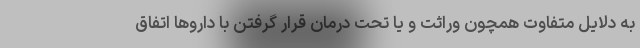
به دلایل متفاوت همچون وراثت و یا تحت درمان قرار گرفتن با داروها اتفاق